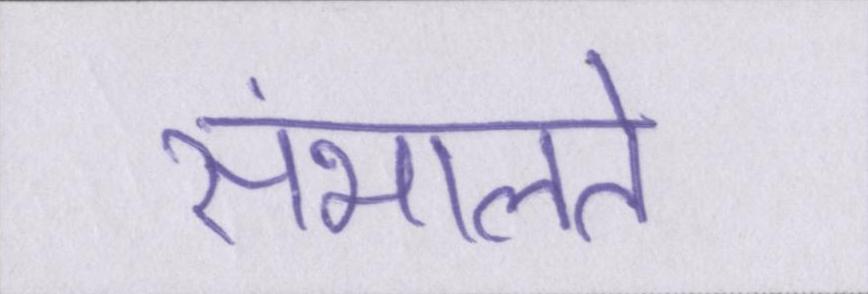
संभालते